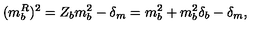
( m _ { b } ^ { R } ) ^ { 2 } = Z _ { b } m _ { b } ^ { 2 } - \delta _ { m } = m _ { b } ^ { 2 } + m _ { b } ^ { 2 } \delta _ { b } - \delta _ { m } ,